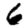
Digit: 6